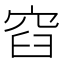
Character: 𮃼